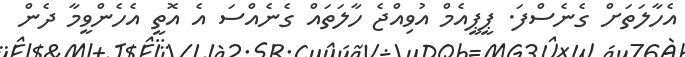
އެހާލަތަށް ގެނެސްފަ. ޕީޕީއެމް އުވިއްޖެ ހާލަތައް ގެނެއްސަ އެ އޮތީ އެހެންވީމާ ދެން